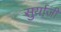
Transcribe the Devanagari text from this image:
सुर्याजी